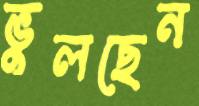
ভুলছেন